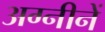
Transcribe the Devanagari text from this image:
अग्नीनें